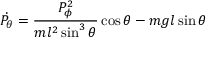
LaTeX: { \dot { P _ { \theta } } } = { \frac { P _ { \phi } ^ { 2 } } { m l ^ { 2 } \sin ^ { 3 } \theta } } \cos \theta - m g l \sin \theta